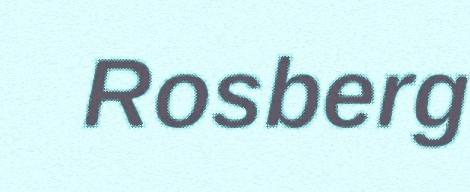
Rosberg